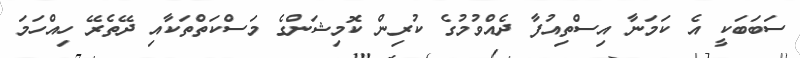
ސަބަބަކީ އެ ކަމަނާ އިސްތިއުފާ ދެއްވުމުގެ ކުރިން ކޮމިޝަންގެ މަސްކަތްތަކާއި ދޭތެރޭ ހިއްހަމަ